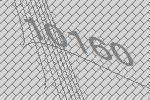
10160